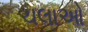
ચલાઓ